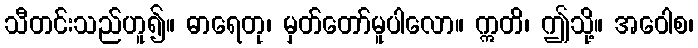
သီတင်းသည်ဟူ၍။ ဓာရေတု၊ မှတ်တော်မူပါလော။ ဣတိ၊ ဤသို့။ အဝေါစ၊